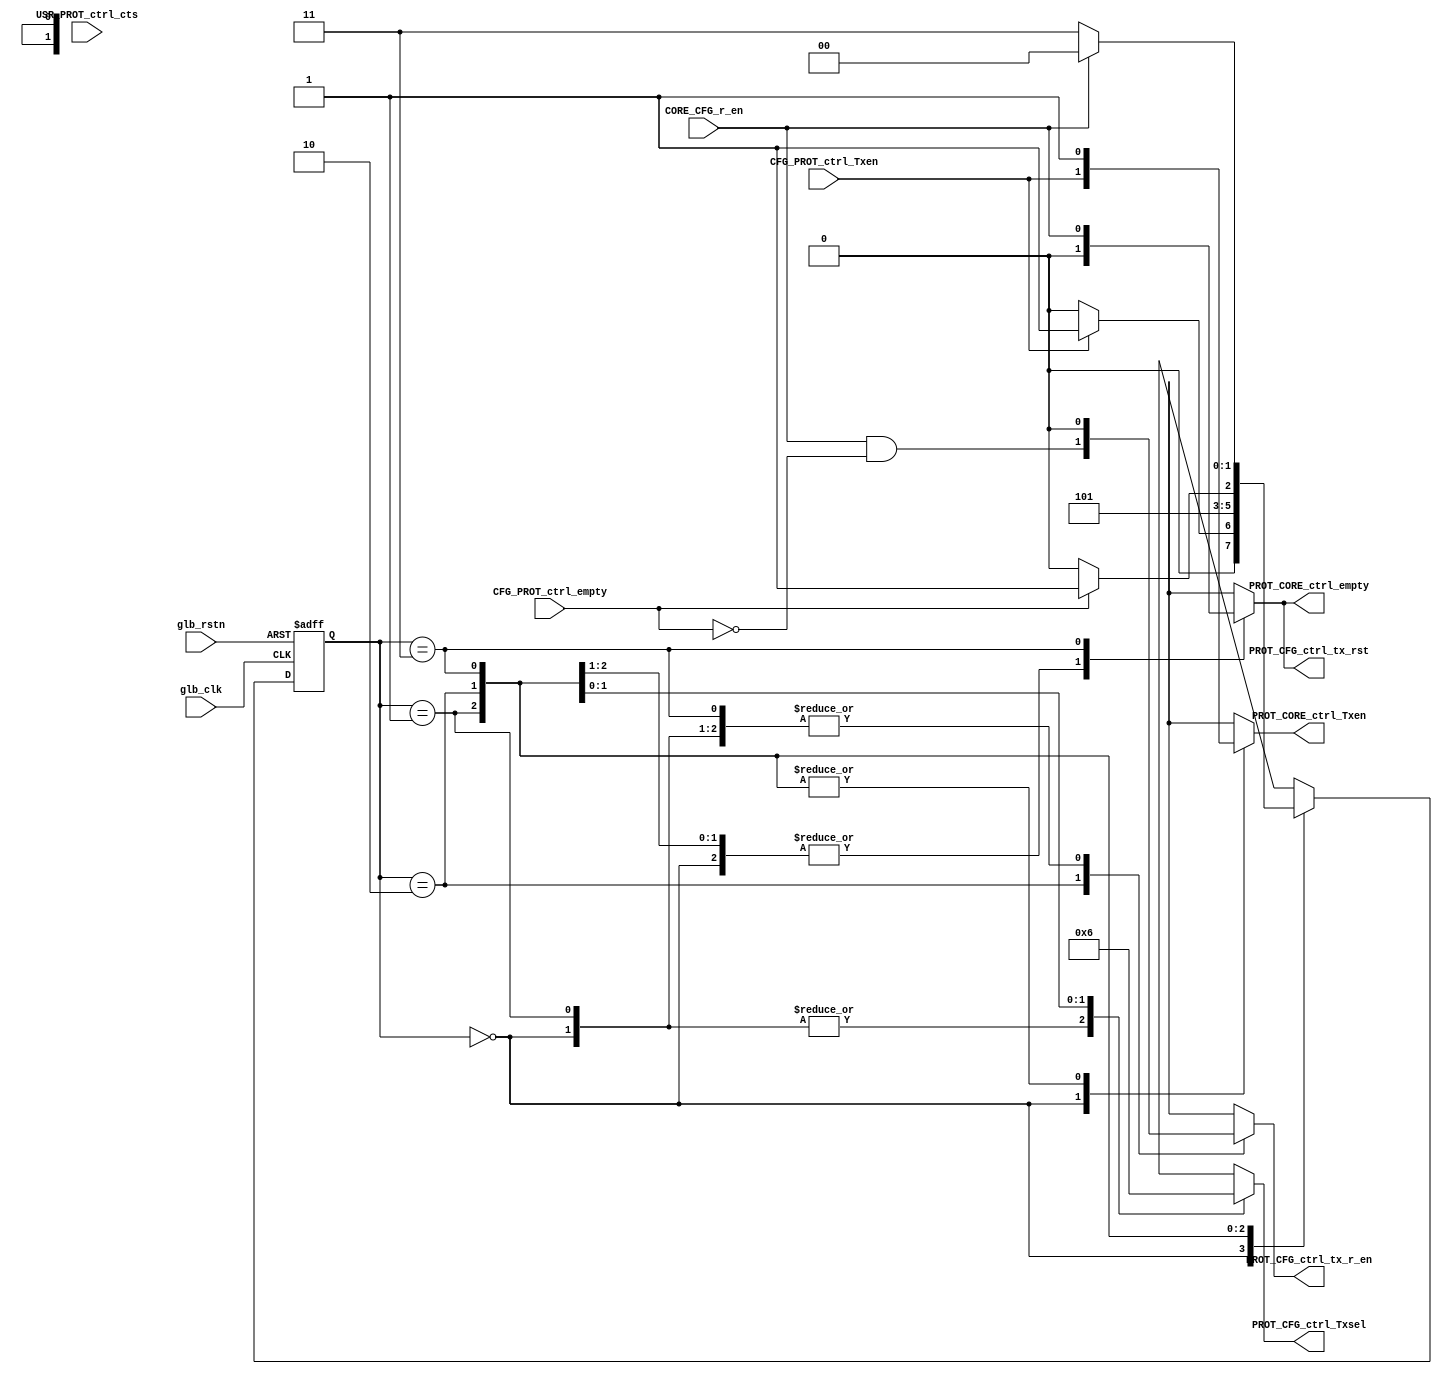
`timescale 1ns / 1ps

module UART_Protocal_Tx_stm (
	 input glb_rstn
	,input glb_clk
	,input CFG_PROT_ctrl_Txen
	,input CFG_PROT_ctrl_empty
	,input USR_PROT_ctrl_cts
	,input CORE_CFG_r_en
	,output reg PROT_CORE_ctrl_Txen
	,output reg PROT_CORE_ctrl_empty
	,output reg[1:0] PROT_CFG_ctrl_Txsel 
	,output reg PROT_CFG_ctrl_tx_r_en
	,output reg PROT_CFG_ctrl_tx_rst
);
reg[1:0] state;
reg[1:0] next_state;
parameter INIT = 0;
parameter SEND_SLAVE_ADDR = 1;
parameter SEND_DATA = 2;
parameter SEND_STOP_FRAME = 3;
always @(negedge glb_rstn or posedge glb_clk)
begin
	if(!glb_rstn) 
		state<=INIT;
	else 
	begin
		state<=next_state;
	end
end 
always @ (*)
begin
	case(state)
	INIT:
	begin
		next_state=(CFG_PROT_ctrl_Txen)?SEND_SLAVE_ADDR:INIT;
	end
	SEND_SLAVE_ADDR:
	begin
		next_state=SEND_DATA;
	end
	SEND_DATA:
	begin
		next_state=(CFG_PROT_ctrl_empty)?SEND_STOP_FRAME:SEND_DATA;
	end
	SEND_STOP_FRAME:
	begin
		next_state=(CORE_CFG_r_en)?INIT:SEND_STOP_FRAME;
	end
	endcase
end // always

always @ (*)
begin
	case(state)
	INIT:
	begin
		PROT_CORE_ctrl_Txen=CFG_PROT_ctrl_Txen;
		PROT_CFG_ctrl_Txsel=0;
		PROT_CFG_ctrl_tx_r_en=0;
		PROT_CFG_ctrl_tx_rst=0;
		PROT_CORE_ctrl_empty=0;
	end
	SEND_SLAVE_ADDR:
	begin
		PROT_CORE_ctrl_Txen=1;
		PROT_CFG_ctrl_Txsel=0;
		PROT_CFG_ctrl_tx_r_en=0;
		PROT_CFG_ctrl_tx_rst=0;
		PROT_CORE_ctrl_empty=0;
	end
	SEND_DATA:
	begin
		PROT_CORE_ctrl_Txen=1;
		PROT_CFG_ctrl_Txsel=1;
		PROT_CFG_ctrl_tx_r_en=CORE_CFG_r_en&!CFG_PROT_ctrl_empty;
		PROT_CFG_ctrl_tx_rst=0;
		PROT_CORE_ctrl_empty=0;
	end
	SEND_STOP_FRAME:
	begin
		PROT_CORE_ctrl_Txen=1;
		PROT_CFG_ctrl_Txsel=2;
		PROT_CFG_ctrl_tx_r_en=0;
		PROT_CFG_ctrl_tx_rst=CORE_CFG_r_en;
		PROT_CORE_ctrl_empty=CORE_CFG_r_en;
	end
	endcase
end // always

endmodule